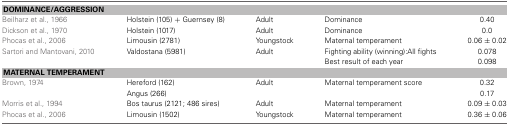
| <COLSPAN=5> DOMINANCE/AGGRESSION |
 | --- | --- | --- | --- | --- |
 | Beilharz et al., 1966 | Holstein (105) + Guernsey (8) | Adult | Dominance | 0.40 |
 | Dickson et al., 1970 | Holstein (1017) | Adult | Dominance | 0.0 |
 | Phocas et al., 2006 | Limousin (2781) | Youngstock | Maternal temperament | 0.06 ± 0.02 |
 | Sartori and Mantovani, 2010 | Valdostana (5981) | Adult | Fighting ability (winning): All fights | 0.078 |
 |  |  |  | Best result of each year | 0.098 |
 | <COLSPAN=5> MATERNAL TEMPERAMENT |
 | Brown, 1974 | Hereford (162) | Adult | Maternal temperament score | 0.32 |
 |  | Angus (266) |  |  | 0.17 |
 | Morris et al., 1994 | Bos taurus (2121; 486 sires) | Adult | Maternal temperament | 0.09 ± 0.03 |
 | Phocas et al., 2006 | Limousin (1502) | Youngstock | Maternal temperament | 0.36 ± 0.06 |